Leningradi_Edasi_toimetus, lk 218
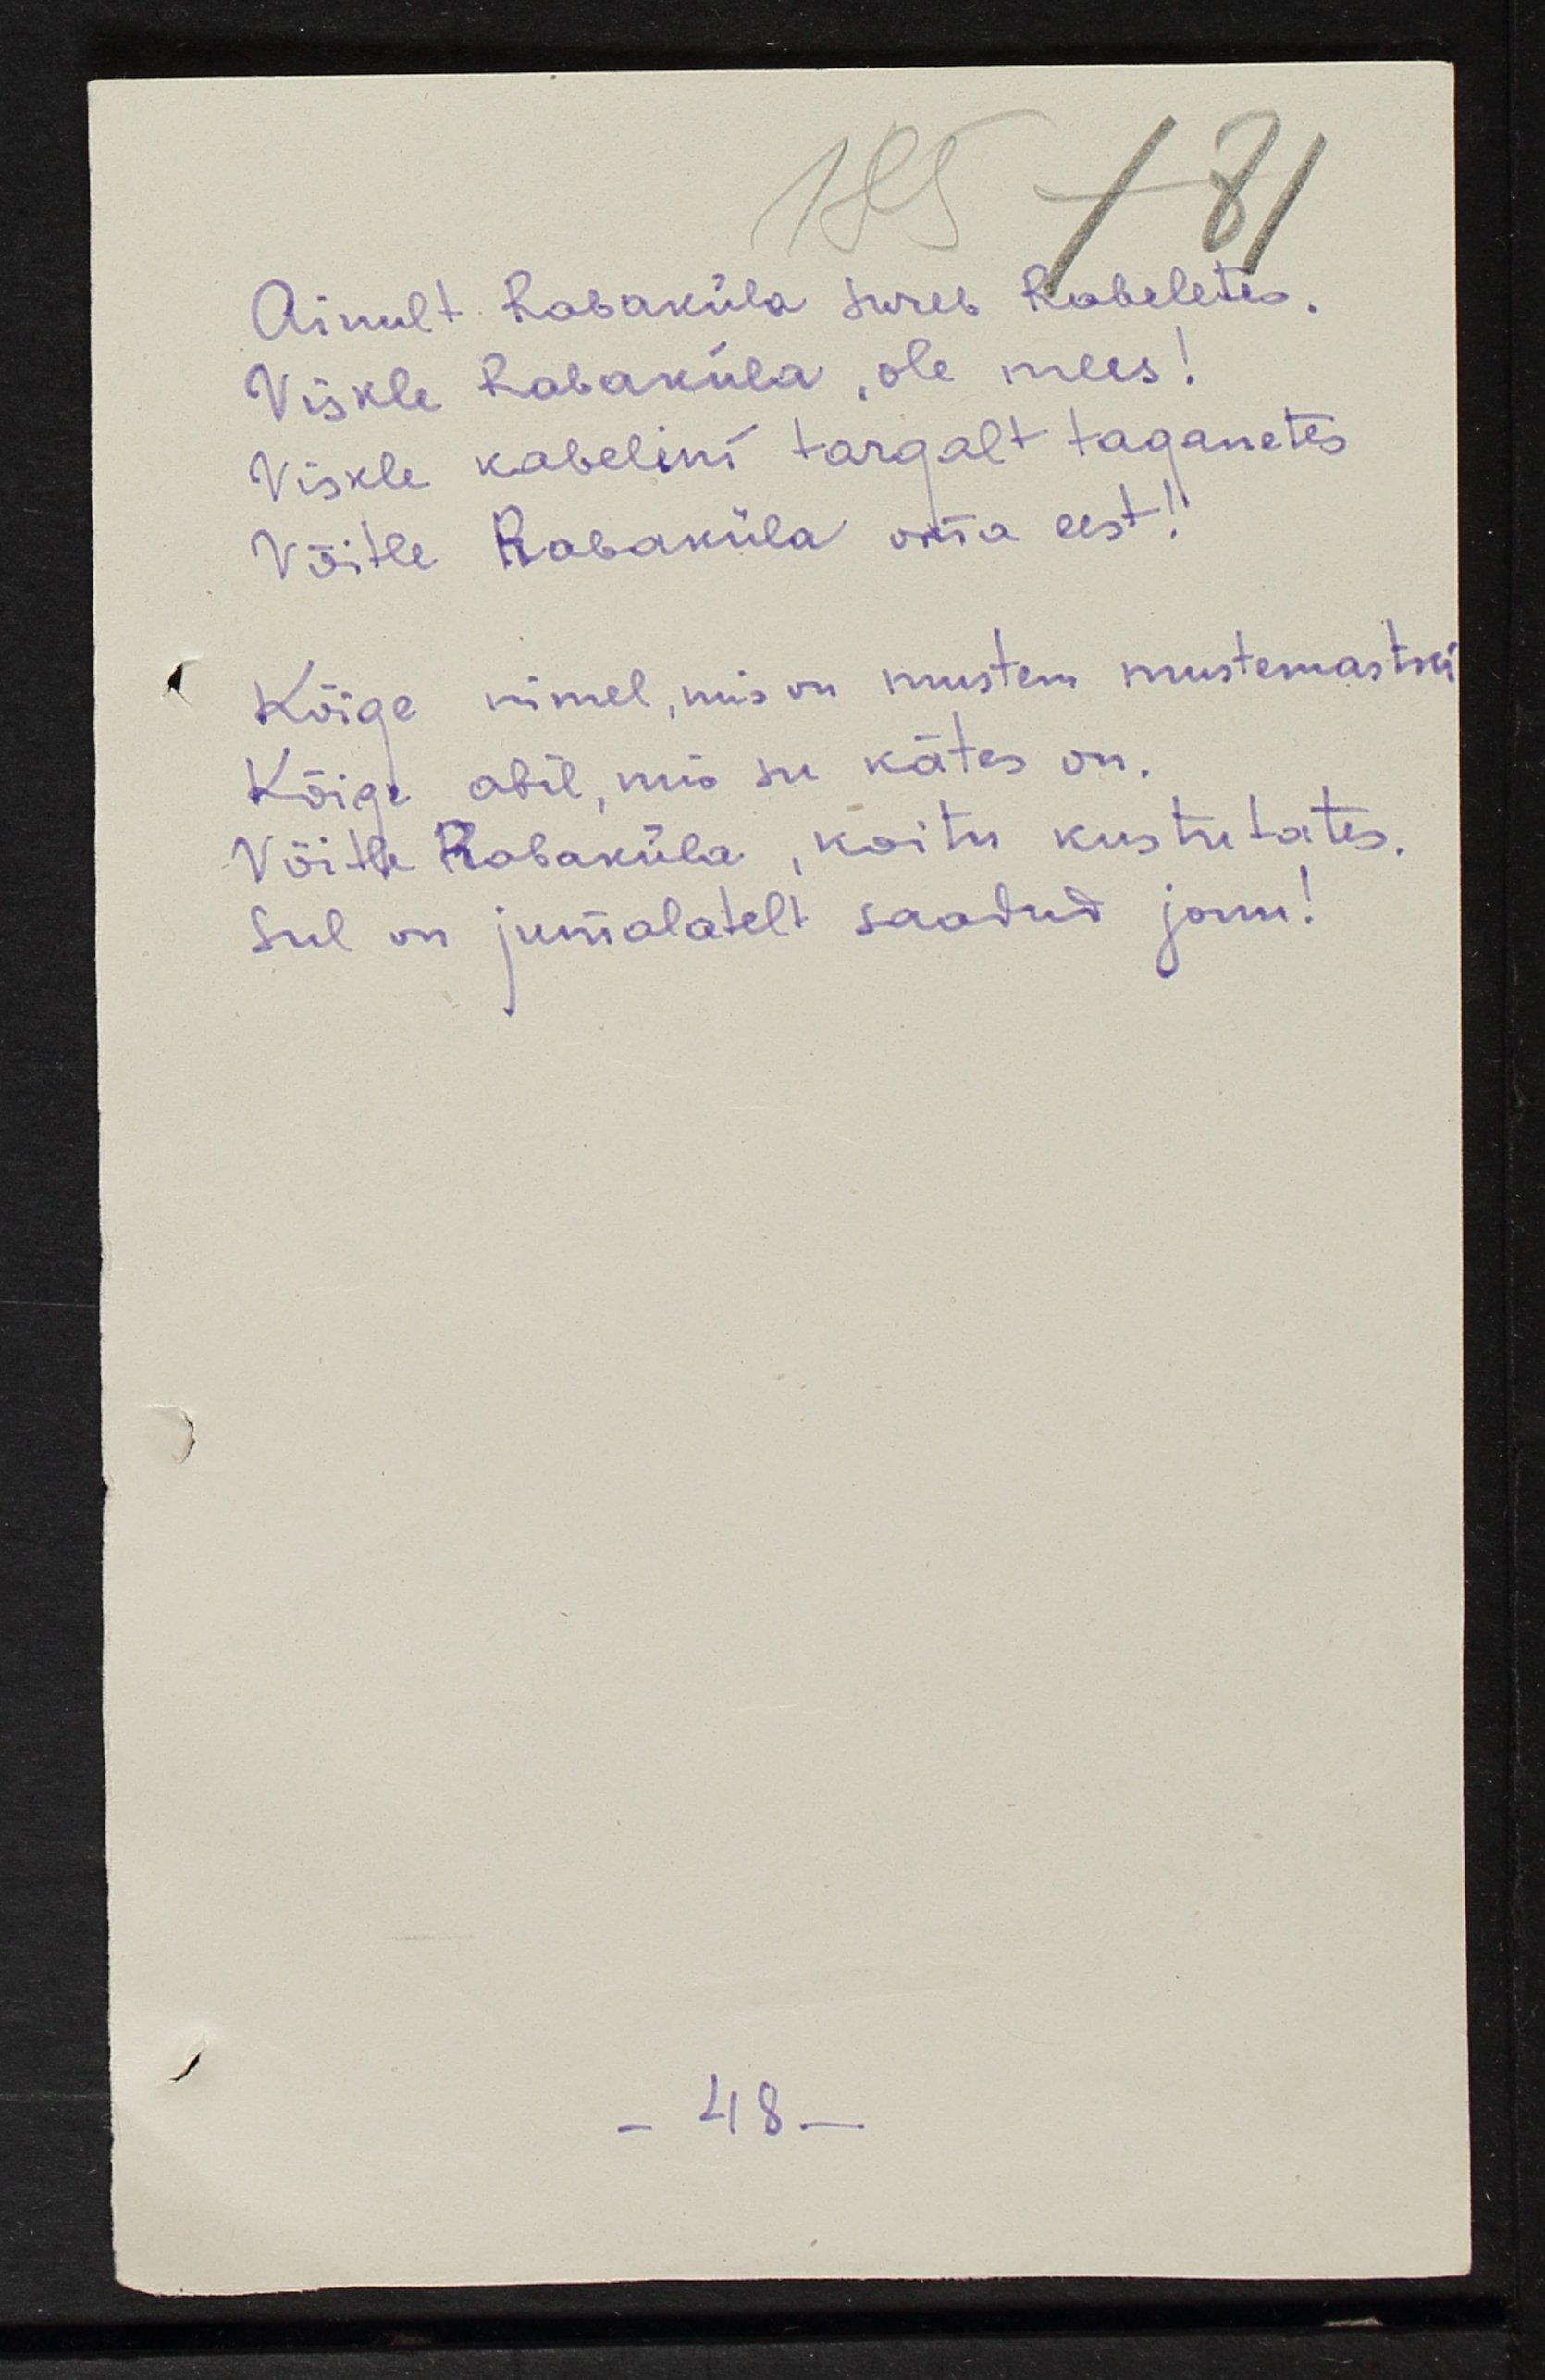
Ainult Rabaküla sureb Rabaletes.
Viskle Rabaküla, ole mees!
Viskle kabelini targalt taganetes
Võitle Rabaküla oma eest!
Kõige nimel, mis on mustem mustemastki
Kõige abil, mis su kätes on.
Võitle Rabaküla, koitu kustutates.
Sul on jumalatelt saadud janu!